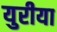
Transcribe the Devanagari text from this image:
युरीया